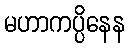
မဟာကပ္ပိနေန